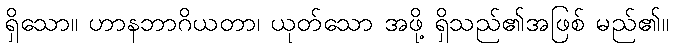
ရှိသော။ ဟာနဘာဂိယတာ၊ ယုတ်သော အဖို့ ရှိသည်၏အဖြစ် မည်၏။